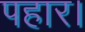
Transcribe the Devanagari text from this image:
पहार।